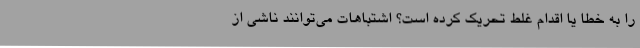
را به خطا یا اقدام غلط تحریک کرده است؟ اشتباهات می‌توانند ناشی از